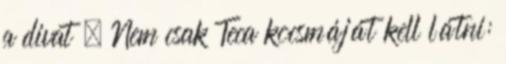
a divat » Nem csak Teca kocsmáját kell látni: